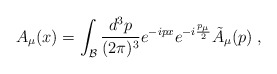
\begin{align*} A_\mu (x) = \int_{\cal B} {\frac {d^3p}{(2\pi)^3}} e^{-i px} e^{-i {\frac{p_{\mu}}{2}}}{\tilde A}_{\mu}(p) \;,\end{align*}